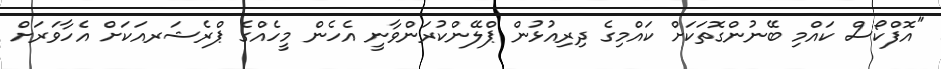
"އޮފްކޯސް ކައްމި ބޭނުންގޮތަކަށް ކައްމިގެ ދިރިއުޅުން ޕްލޭންކުރަންވާނީ އެހެން މީހެއްގެ ޕްރެޝަރއަކަށް އެހާވަރަށް